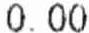
0.00